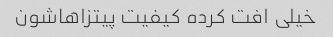
خیلی افت کرده کیفیت پیتزاهاشون